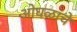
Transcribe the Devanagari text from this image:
ओघळांचे